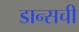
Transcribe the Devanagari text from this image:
डान्सची